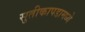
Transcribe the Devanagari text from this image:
सुतीकापडामध्ये